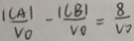
\frac { \vert C A \vert } { V _ { 0 } } - \frac { \vert C B \vert } { V _ { 0 } } = \frac { 8 } { V _ { 0 } }